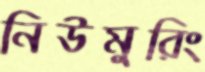
নিউমুরিং